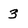
Character: 3